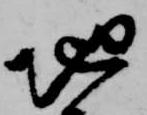
地